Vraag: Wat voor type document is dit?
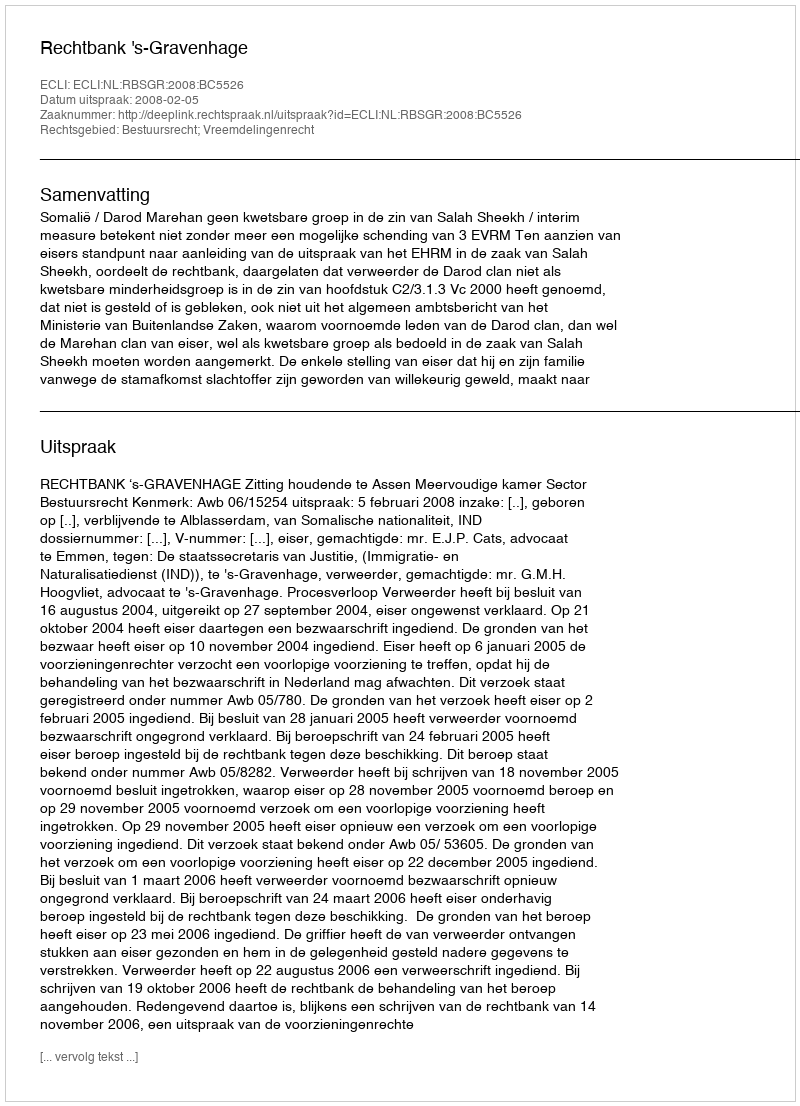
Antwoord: Uitspraak